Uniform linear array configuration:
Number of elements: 8
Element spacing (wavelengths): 0.5
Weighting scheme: uniform
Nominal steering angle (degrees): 45
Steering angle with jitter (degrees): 46.907
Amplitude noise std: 0.05
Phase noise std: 0.05

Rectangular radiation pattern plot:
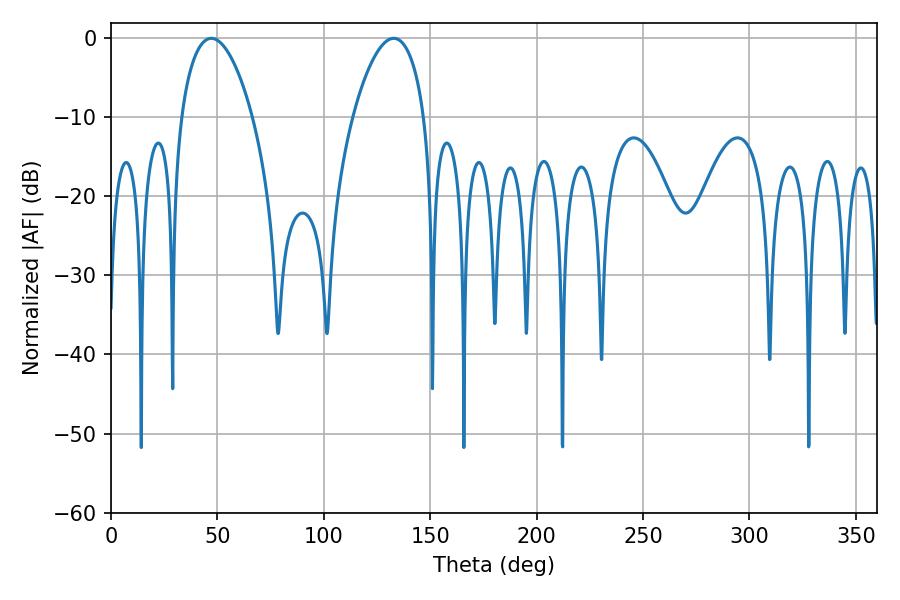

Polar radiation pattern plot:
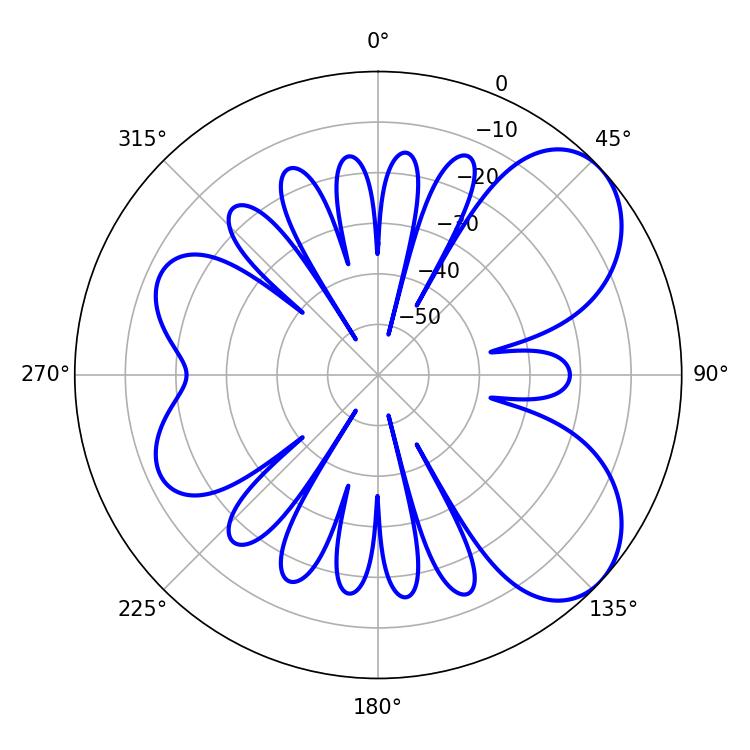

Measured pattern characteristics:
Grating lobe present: FALSE
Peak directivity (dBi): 6.214
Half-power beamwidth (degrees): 18.9
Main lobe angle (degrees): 47.16